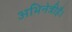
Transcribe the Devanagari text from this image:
अभिनेत्रीहै।